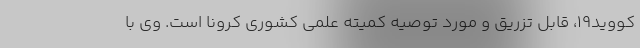
کووید19، قابل تزریق و مورد توصیه کمیته علمی کشوری کرونا است. وی با